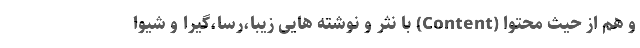
و هم از حیث محتوا (Content) با نثر و نوشته هایی زیبا،رسا،گیرا و شیوا